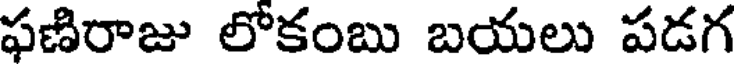
ఫణిరాజు లోకంబు బయలు పడగ